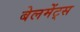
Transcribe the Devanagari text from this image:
बेलमेंट्स